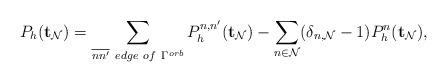
LaTeX: \begin{align*}P_{h}(\mathbf{t}_{\mathcal{N}}) = \sum_{\overline{nn'} \ edge \ of \ \Gamma^{orb}} P^{n,n'}_{h}(\mathbf{t}_{\mathcal{N}}) - \sum_{n\in \mathcal{N}} (\delta_{n,\mathcal{N}}-1)P_{h}^{n}(\mathbf{t}_{\mathcal{N}}), \end{align*}